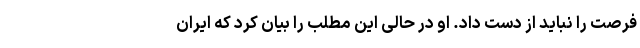
فرصت را نباید از دست داد. او در حالی این مطلب را بیان کرد که ایران